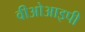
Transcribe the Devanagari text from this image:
वीओआइपी